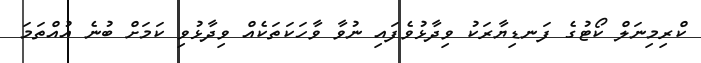
ކްރިމިނަލް ކޯޓުގެ ފަނޑިޔާރަކު ވިދާޅުވެފައި ނުވާ ވާހަކަތަކެއް ވިދާޅުވި ކަމަށް ބުނެ އުއްތަމަ